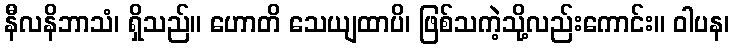
နီလနိဘာသံ၊ ရှိသည်။ ဟောတိ သေယျထာပိ၊ ဖြစ်သကဲ့သို့လည်းကောင်း။ ဝါပန၊